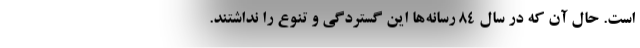
است. حال آن که در سال 84 رسانه‌ها این گستردگی و تنوع را نداشتند.